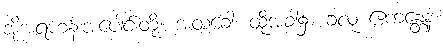
အိုအရဟန်းအပေါင်းတို့။ အထခေါ၊ ထိုအခါ၌။ ခလု ဧကန္တေန၊